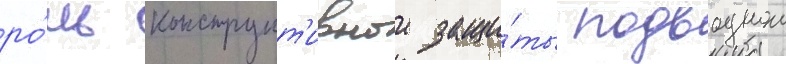
ро́ль конструкт'ивнои защи́ты подводнои